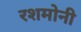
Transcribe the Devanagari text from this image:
रशमोनी